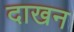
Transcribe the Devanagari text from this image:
दाखन